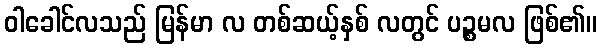
ဝါခေါင်လသည် မြန်မာ လ တစ်ဆယ့်နှစ် လတွင် ပဉ္စမလ ဖြစ်၏။